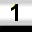
Digit: 1